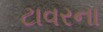
ટાવરના